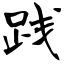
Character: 践